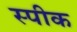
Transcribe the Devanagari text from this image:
स्‍पीक